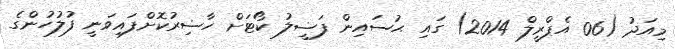
މިއަދު (06 އެޕްރީލް 2014) ގައި ޙުސައިން ފަޟީލު ކޯޓަށް ހާޟިރުކޮށްފައިވަނީ ފުލުހުންގެ